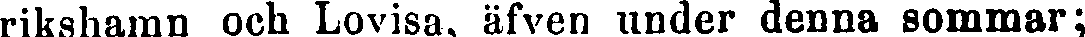
rikshamn och Lovisa, äfven under denna sommar;